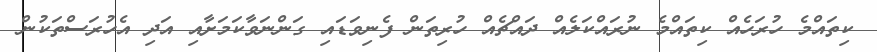
ކިތައްމެ ހުރަހެއް ކިތައްމެ ނުރައްކަލެއް ދައްޗެއް ހުރިތަން ފެނިވަޑައި ގަންނަވާކަމަށާއި އަދި އެހުރަސްތަކުން